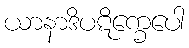
ယာနာဒိပဋိက္ခေပေါ